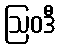
ဩဝဒီ